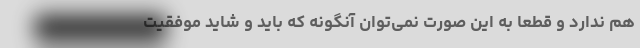
هم ندارد و قطعا به این صورت نمی‌توان آنگونه که باید و شاید موفقیت